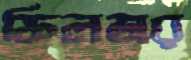
ফিলডার